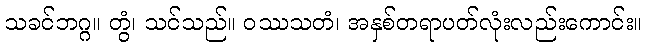
သခင်ဘဂ္ဂ။ တွံ၊ သင်သည်။ ဝဿသတံ၊ အနှစ်တရာပတ်လုံးလည်းကောင်း။